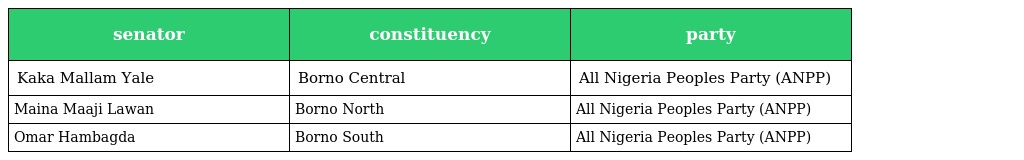
| senator | constituency | party |
 | --- | --- | --- |
 | Kaka Mallam Yale | Borno Central | All Nigeria Peoples Party (ANPP) |
 | Maina Maaji Lawan | Borno North | All Nigeria Peoples Party (ANPP) |
 | Omar Hambagda | Borno South | All Nigeria Peoples Party (ANPP) |